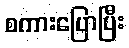
စကားပြောပြီး